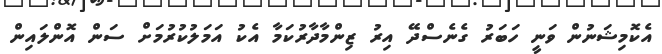
އެކޮމިޝަނުން ވަނީ ހަބަރު ގެނެސްދޭ އިރު ޒިންމާދާރުކަމާ އެކު އަމަލުކުރުމަށް ސަން އޮންލައިން